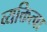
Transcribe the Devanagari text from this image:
व्यक्तित्वा